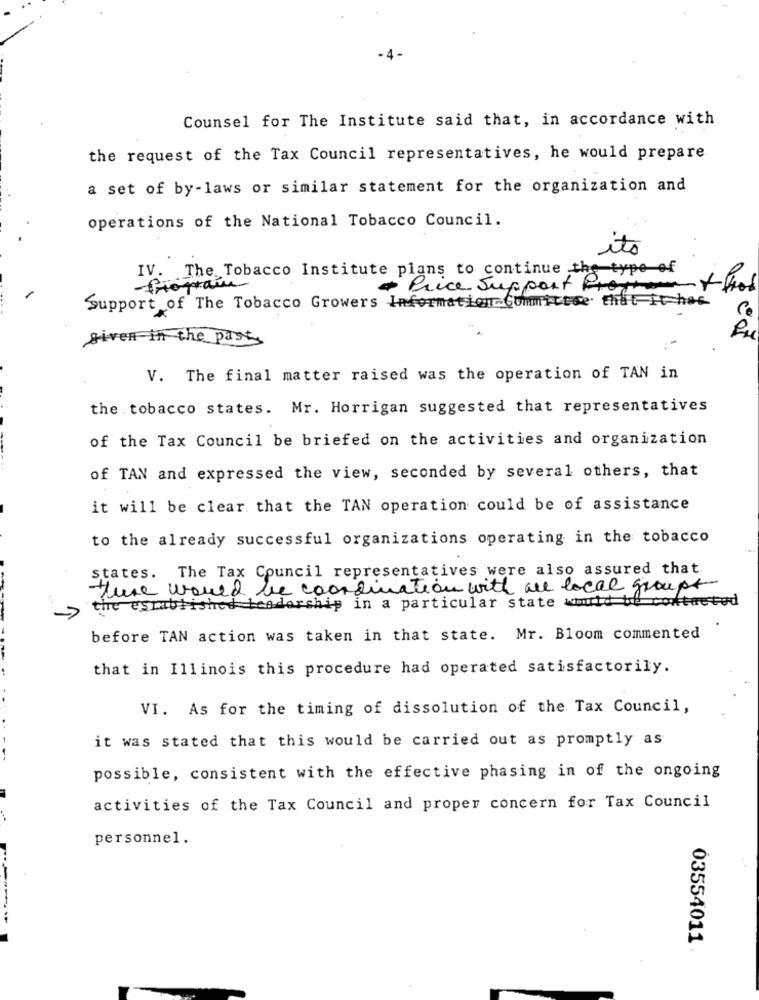
Counsel for The Institute said that, in accordance with
the request of the Tax Council representatives, he would prepare
a set of by-laws or similar statement for the organization and
operations of the National Tobacco Council.
its
IV. The Tobacco Institute plans to continue the type of
friograin
* Price Support Programme + Grod
Support of The Tobacco Growers Information Committee that it has
Co
given in the past.
V. The final matter raised was the operation of TAN in
the tobacco states. Mr. Horrigan suggested that representatives
of the Tax Council be briefed on the activities and organization
of TAN and expressed the view, seconded by several others, that
it will be clear that the TAN operation could be of assistance
to the already successful organizations operating in the tobacco
states. The Tax Council representatives were also assured that
ture would be coordination with are local groups
the established leadership in a particular state would be contacted
before TAN action was taken in that state. Mr. Bloom commented
that in Illinois this procedure had operated satisfactorily.
VI. As for the timing of dissolution of the Tax Council,
it was stated that this would be carried out as promptly as
possible, consistent with the effective phasing in of the ongoing
activities of the Tax Council and proper concern for Tax Council
personnel.
03554011